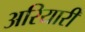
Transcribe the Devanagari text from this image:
अरियारी